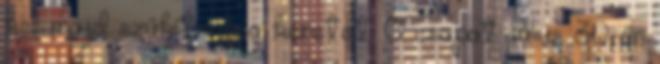
kell majd szűkítenie a keretét. A csapat július 30-án